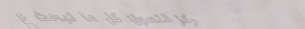
مركز التسوق: كل ما تبحث ع